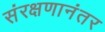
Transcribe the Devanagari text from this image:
संरक्षणानंतर